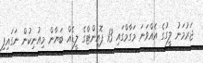
ޖަރުމަނު ލީގުގެ އެއްވަނަ މަގާމްގައި 13 ޕޮއިންޓްގެ ލީޑެއް ބަޔާން މިއުނިކުން ނަގައިފި